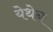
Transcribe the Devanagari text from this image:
येथेन